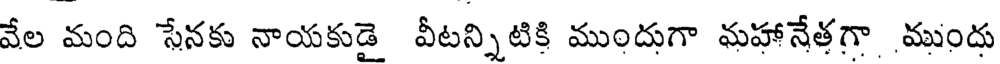
వేల మంది సేనకు నాయకుడై వీటన్నిటికి ముందుగా మహానేతగా ముందు